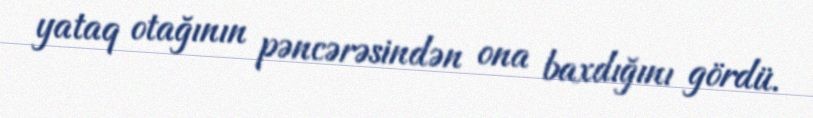
yataq otağının pəncərəsindən ona baxdığını gördü.